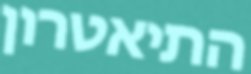
התיאטרון